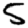
Digit: 5